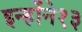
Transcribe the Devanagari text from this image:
इन्होंने१३